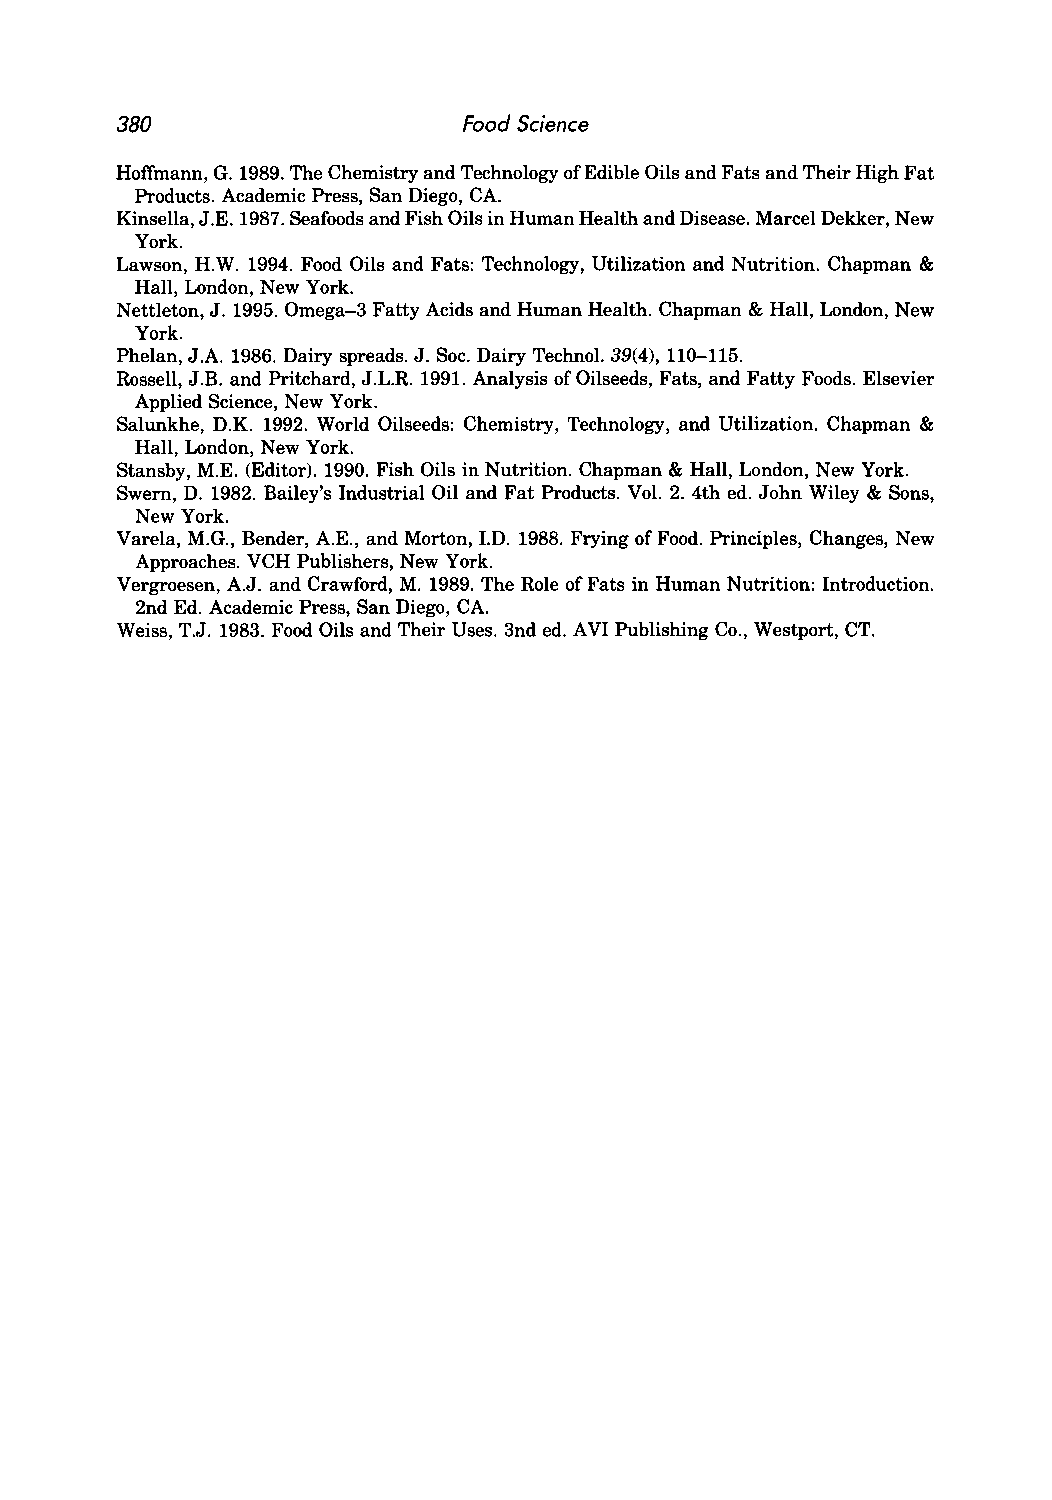
380                    Food Science
 Hoffmann, G. 1989. The Chemistry and Technology of Edible Oils and Fats and Their High Fat
 Products. Academic Press, San Diego, CA.
 Kinsella, J.E. 1987. Seafoods and Fish Oils in Human Health and Disease. Marcel Dekker, New
 York.
 Lawson, H.W. 1994. Food Oils and Fats: Technology, Utilization and Nutrition. Chapman &
 Hall, London, New York.
 Nettleton, J. 1995. Omega-3 Fatty Acids and Human Health. Chapman & Hall, London, New
 York.
 Phelan, J.A 1986. Dairy spreads. J. Soc. Dairy Technol. 39(4), 110-115.
 Rossell, J.B. and Pritchard, J.L.R. 1991. Analysis of Oilseeds, Fats, and Fatty Foods. Elsevier
 Applied Science, New York.
 Salunkhe, D.K. 1992. World Oilseeds: Chemistry, Technology, and Utilization. Chapman &
 Hall, London, New York.
 Stansby, M.E. (Editor). 1990. Fish Oils in Nutrition. Chapman & Hall, London, New York.
 Swem, D. 1982. Bailey's Industrial Oil and Fat Products. Vol. 2. 4th ed. John Wiley & Sons,
 New York.
 Varela, M.G., Bender, AE., and Morton, J.D. 1988. Frying of Food. Principles, Changes, New
 Approaches. VCH Publishers, New York.
 Vergroesen, AJ. and Crawford, M. 1989. The Role of Fats in Human Nutrition: Introduction.
 2nd Ed. Academic Press, San Diego, CA.
 Weiss, T .•I . 1983. Food Oils and Their Uses. 3nd ed. AVI Publishing Co., Westport, CT.